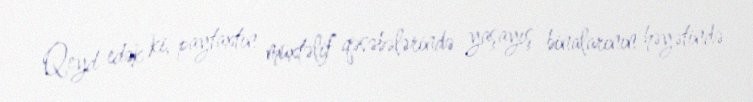
Qeyd edək ki, paytaxtın müxtəlif qəsəbələrində yaşayış binalarının həyətində